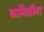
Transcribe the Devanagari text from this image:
काविळीवर